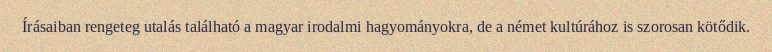
Írásaiban rengeteg utalás található a magyar irodalmi hagyományokra, de a német kultúrához is szorosan kötődik.